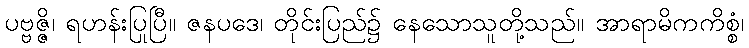
ပဗ္ဗဇ္ဇိ၊ ရဟန်းပြုပြီ။ ဇနပဒေ၊ တိုင်းပြည်၌ နေသောသူတို့သည်။ အာရာမိကကိစ္စံ၊